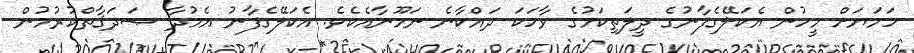
ހަމަޔަށް މީހުން އެކަލޭގެފާނުގެ ދީލަތިކަމުގެ ވާހަކަ ދައްކާނެ ނަމޫނާއެކެވެ. އެކަލޭގެފާނު އެމުދާ ޞަދަޤާތްކުރުމުން